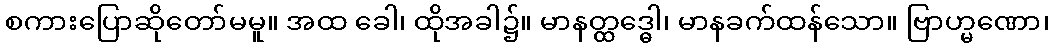
စကားပြောဆိုတော်မမူ။ အထ ခေါ၊ ထိုအခါ၌။ မာနတ္ထဒ္ဓေါ၊ မာနခက်ထန်သော။ ဗြာဟ္မဏော၊